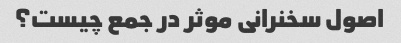
اصول سخنرانی موثر در جمع چیست؟